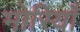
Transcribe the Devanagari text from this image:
मोरियाँ